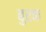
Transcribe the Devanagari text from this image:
बुरक